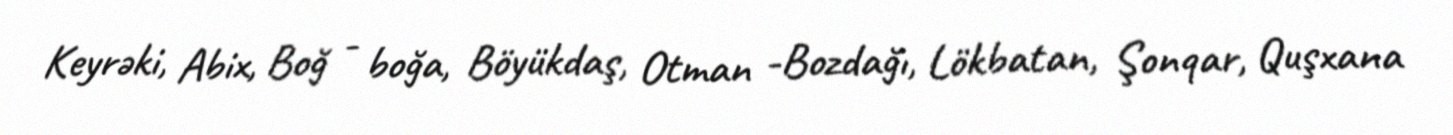
Keyrəki, Abix, Boğ - boğa, Böyükdaş, Otman -Bozdağı, Lökbatan, Şonqar, Quşxana